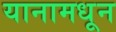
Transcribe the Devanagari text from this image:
यानामधून